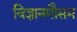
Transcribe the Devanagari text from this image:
विज्ञानमौसम